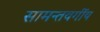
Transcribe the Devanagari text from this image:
सामन्तवर्गीय